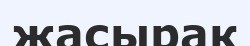
жасырак